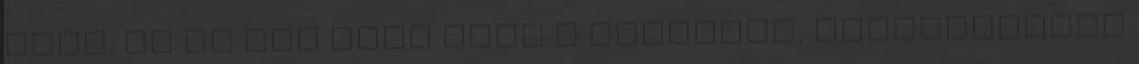
szét. De ez nem volt elég a halottak, egyfolytában